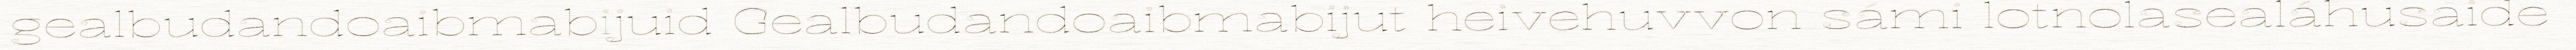
gealbudandoaibmabijuid Gealbudandoaibmabijut heivehuvvon sámi lotnolasealáhusaide